Indian journal of veterinary science and animal husbandry - Volumes 22-23, 1952-1953
Year: 1952
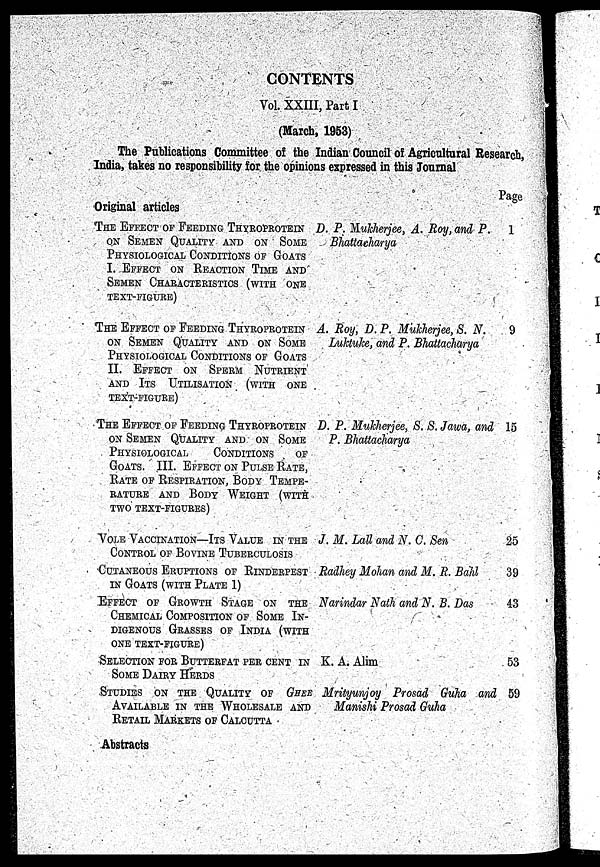
CONTENTS
Vol. XXIII, Part I
(March, 1953)
The Publications Committee of the Indian Council of Agricultural Research,
India, takes no responsibility for the opinions expressed in this Journal
Original articles
THE EFFECT OF FEEDING THYROPROTEIN
ON SEMEN QUALITY AND ON SOME
PHYSIOLOGICAL CONDITIONS OF GOATS
I. EFFECT ON REACTION TIME AND
SEMEN CHARACTERISTICS (WITH ONE
TEXT-FIGURE)
THE EFFECT OF FEEDING THYROPROTEIN
ON SEMEN QUALITY AND ON SOME
PHYSIOLOGICAL CONDITIONS OF GOATS
II. EFFECT ON SPERM NUTRIENT
AND ITS UTILISATION (WITH ONE
TEXT-FIGURE)
THE EFFECT OF FEEDING THYROPROTEIN
ON SEMEN QUALITY AND ON SOME
PHYSIOLOGICAL CONDITIONS OF
GOATS. III.EFFECT ON PULSE RATE,
RATE OF RESPIRATION, BODY TEMPE-
RATURE AND BODY WEIGHT (WITH ONE
TEXT-FIGURE)
VOLE VACCINATION—ITS VALUE IN THE
CONTROL OF BOVINE TUBERCULOSIS
CUTANEOUS ERUPTIONS OF RINDERPEST
IN GOATS (WITH PLATE 1)
EFFECT OF GROWTH STAGE ON THE
CHEMICAL COMPOSITION OF SOME IN-
DIGENOUS GRASSES OF INDIA (WITH
ONE TEXT-FIGURE)
SELECTION FOR BUTTERFAT PER CENT IN
SOME DAIRY HERDS
STUDIES ON THE QUALITY OF GHEE
AVAILABLE IN THE WHOLESALE AND
RETAIL MARKETS OF CALCUTTA
Abstracts
D. P. Mukherjee, A. Roy, and P.
Bhattacharya
A. Roy, D. P. Muhherjee, S. N.
Luktuke, and P. Bhattacharya
D. P. Muhherjee, S. S. Jawa, and
P. Bhattacharya
J. M. Lall and N. C. Sen
Radhey Mohan and M. R. Bahl
Narindar Nath and N. B. Das
K. A. Alim
Mrityunjoy Prosad Guha and
Manishi Prosad Guha
Page
1
9
15
25
39
43
53
59